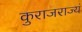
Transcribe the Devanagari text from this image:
कुराजराज्यं